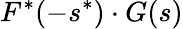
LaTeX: F^{*}(-s^{*})\cdot G(s)